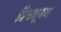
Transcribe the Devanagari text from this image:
विश्वभूषण